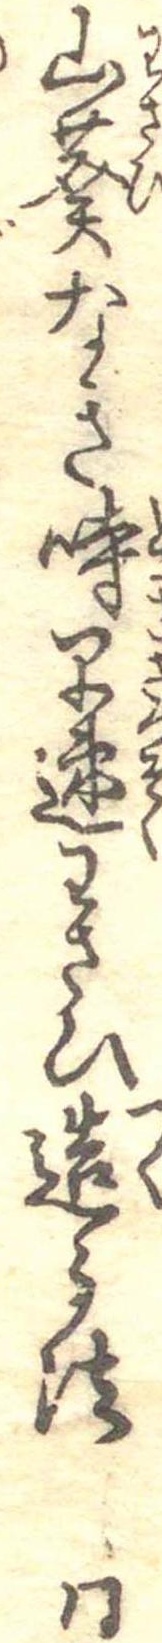
山葵なき時早速わさひ造る法同